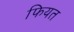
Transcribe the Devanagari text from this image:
फियत